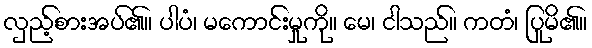
လှည့်စားအပ်၏။ ပါပံ၊ မကောင်းမှုကို။ မေ၊ ငါသည်။ ကတံ၊ ပြုမိ၏။